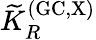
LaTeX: {\widetilde K}_{R}^{\mathrm{(GC,X)}}